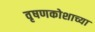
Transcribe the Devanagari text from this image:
वृषणकोशाच्या